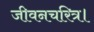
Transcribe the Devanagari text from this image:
जीवनचरित्र।